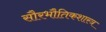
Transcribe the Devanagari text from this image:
सौरभौतिकशास्त्र